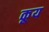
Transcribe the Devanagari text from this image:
कूय